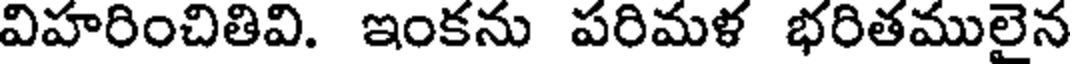
విహరించితివి. ఇంకను పరిమళ భరితములైన